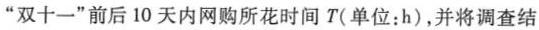
”双十一”前后10天内网购所花时间T(单位：h)，并将调查结